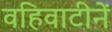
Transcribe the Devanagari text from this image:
वहिवाटीनें